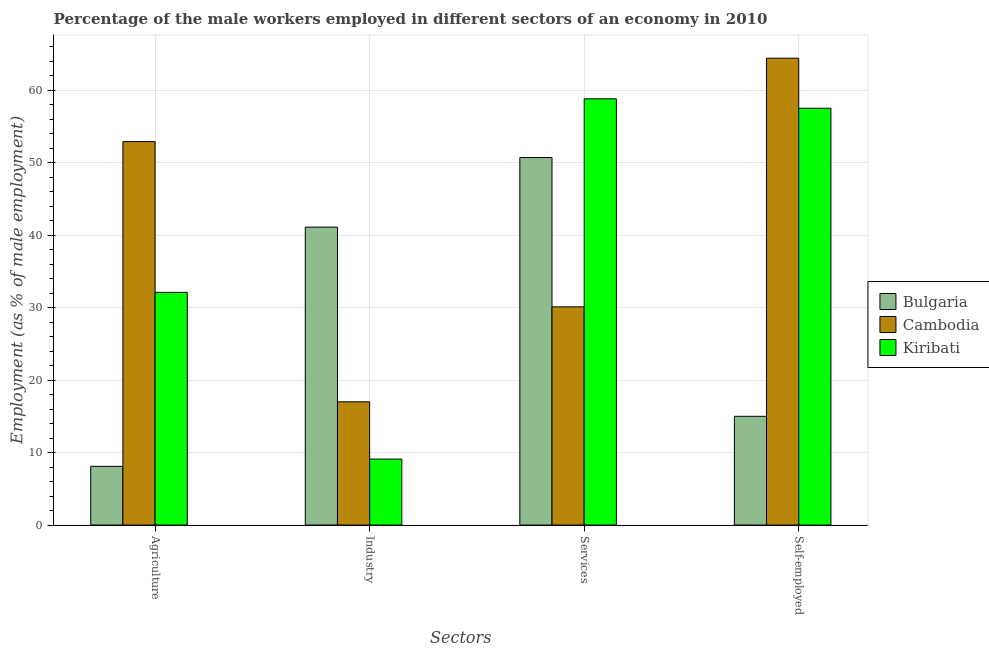
| Sectors | Bulgaria | Cambodia | Kiribati |
 | --- | --- | --- | --- |
 | Agriculture | 8.1 | 52.9 | 32.1 |
 | Industry | 41.1 | 17 | 9.1 |
 | Services | 50.7 | 30.1 | 58.8 |
 | Self-employed | 15 | 64.4 | 57.5 |